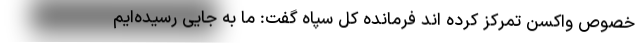
خصوص واکسن تمرکز کرده اند فرمانده کل سپاه گفت: ما به جایی رسیده‌ایم